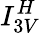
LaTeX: I_{3V}^{H}